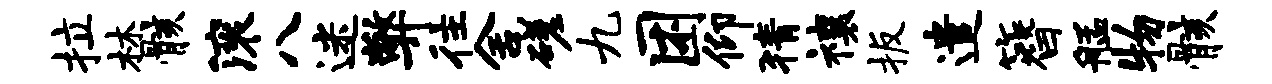
拉林骸滚八迷弊往舍磋九困仰猜禳扳遣簪艋物骸